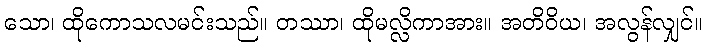
သော၊ ထိုကောသလမင်းသည်။ တဿာ၊ ထိုမလ္လိကာအား။ အတိဝိယ၊ အလွန်လျှင်။